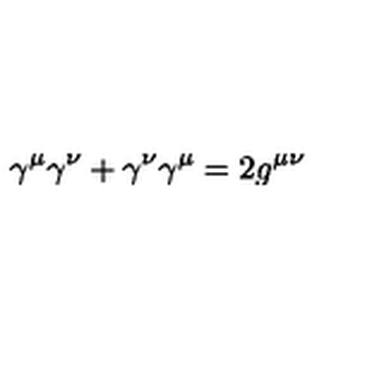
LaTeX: \gamma ^ { \mu } \gamma ^ { \nu } + \gamma ^ { \nu } \gamma ^ { \mu } = 2 g ^ { \mu \nu }